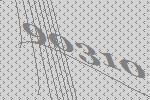
90310